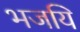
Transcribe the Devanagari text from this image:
भजयि